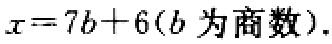
\(x = 7b + 6(b\text{ 为商数}).\)